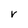
Character: V